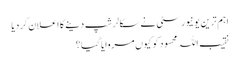
اہم ترین یونیورسٹی نے سکالرشپ دینے کا اعلان کردیا
نقیب اللہ محسود کو کیوں مروایا گیا؟